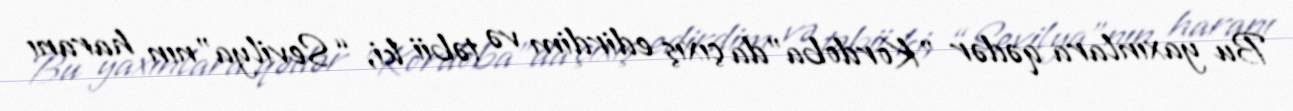
Bu yaxınlara qədər ”Kordoba"da çıxış edirdim və təbii ki, “Sevilya”nın haranı